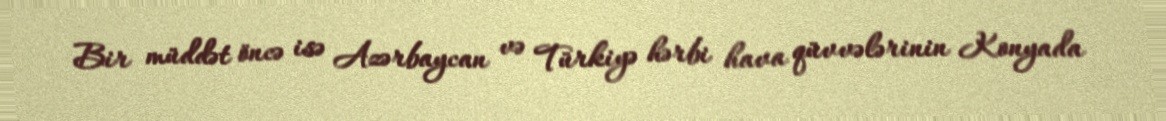
Bir müddət öncə isə Azərbaycan və Türkiyə hərbi hava qüvvələrinin Konyada